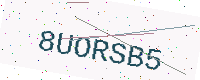
Text: 8UORSB5